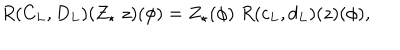
R ( C _ { L } , D _ { L } ) ( Z _ { \star } \; z ) ( \phi ) = Z _ { \star } ( \phi ) \; R ( c _ { L } , d _ { L } ) ( z ) ( \phi ) ,